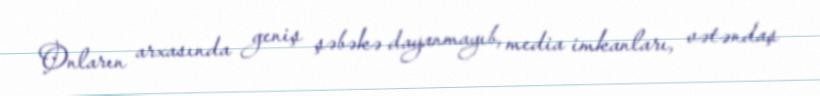
Onların arxasında geniş şəbəkə dayanmayıb, media imkanları, vətəndaş